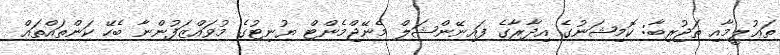
ތަޢުލީމާއި ތަޖުރިބާ: ކޮމިޝަނުގެ އިދާރާގެ ފައިނޭންޝަލް މެނޭޖްމެންޓް ޔުނިޓުގެ މުވައްޒަފުންނާ ބެހޭ ކަންތައްތައް